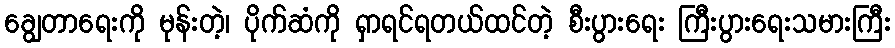
ချွေတာရေးကို မုန်းတဲ့၊ ပိုက်ဆံကို ရှာရင်ရတယ်ထင်တဲ့ စီးပွားရေး ကြီးပွားရေးသမားကြီး